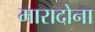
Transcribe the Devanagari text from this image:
मारादोना